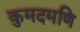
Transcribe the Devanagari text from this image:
कुमदमणि